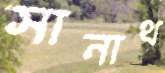
সানাথ